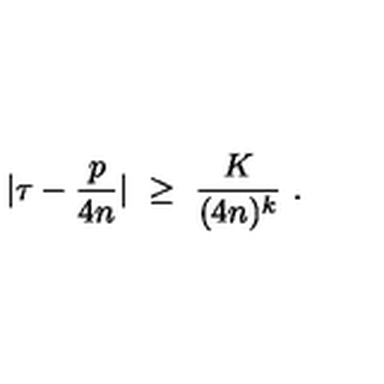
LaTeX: | \tau - \frac { p } { 4 n } | \ \ge \ \frac K { ( 4 n ) ^ { k } } \ .